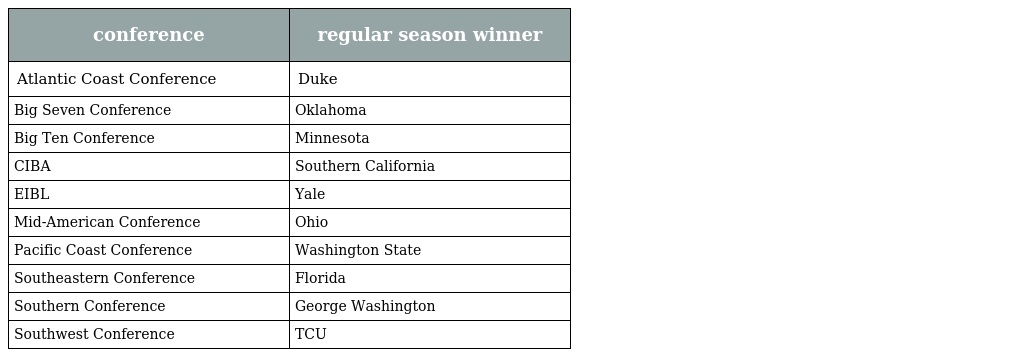
| conference | regular season winner |
 | --- | --- |
 | Atlantic Coast Conference | Duke |
 | Big Seven Conference | Oklahoma |
 | Big Ten Conference | Minnesota |
 | CIBA | Southern California |
 | EIBL | Yale |
 | Mid-American Conference | Ohio |
 | Pacific Coast Conference | Washington State |
 | Southeastern Conference | Florida |
 | Southern Conference | George Washington |
 | Southwest Conference | TCU |